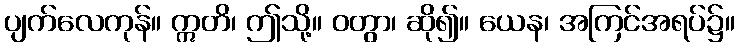
ပျက်လေကုန်။ ဣတိ၊ ဤသို့။ ဝတွာ၊ ဆို၍။ ယေန၊ အကြင်အရပ်၌။